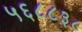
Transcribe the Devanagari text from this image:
५६८८३८